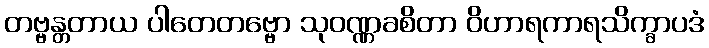
တဗ္ဗန္တတာယ ပါတေတဗ္ဗော သုဝဏ္ဏခစိတာ ဝိဟာရကာရသိက္ခာပဒံ